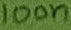
Text: 100n